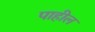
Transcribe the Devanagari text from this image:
पाहील